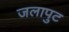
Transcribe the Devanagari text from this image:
जलापुट